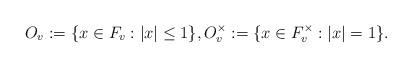
LaTeX: \begin{align*}O_v:=\{x\in F_v: |x|\le 1\}, O_v^\times :=\{x\in F_v^\times : |x|= 1\}.\end{align*}